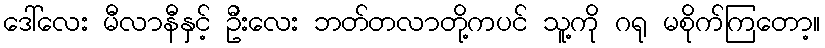
ဒေါ်လေး မီလာနီနှင့် ဦးလေး ဘတ်တလာတို့ကပင် သူ့ကို ဂရု မစိုက်ကြတော့။